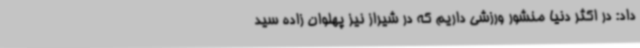
داد: در اکثر دنیا منشور ورزشی داریم که در شیراز نیز پهلوان زاده سید